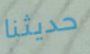
حديثنا